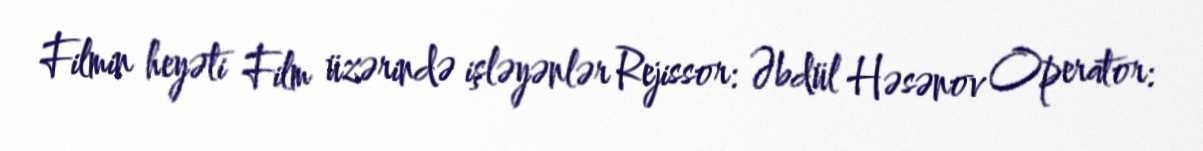
Filmin heyəti Film üzərində işləyənlər Rejissor: Əbdül Həsənov Operator: